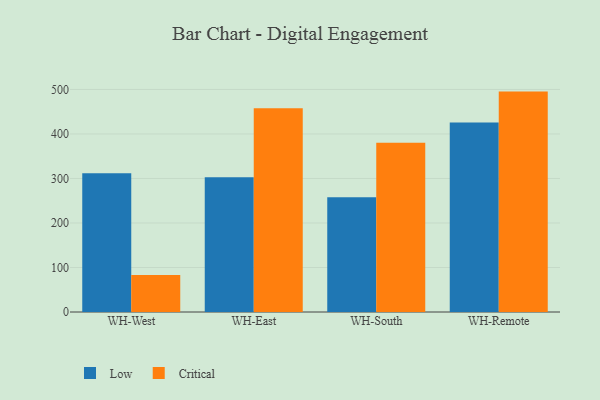
{"axis": {"x": "Warehouse", "y": "Tickets Resolved"}, "legend": ["Critical", "Low"], "data": [{"x": "WH-West", "y": 311.6, "type": "Low"}, {"x": "WH-West", "y": 83.1, "type": "Critical"}, {"x": "WH-East", "y": 303.0, "type": "Low"}, {"x": "WH-East", "y": 458.0, "type": "Critical"}, {"x": "WH-South", "y": 258.1, "type": "Low"}, {"x": "WH-South", "y": 380.2, "type": "Critical"}, {"x": "WH-Remote", "y": 425.5, "type": "Low"}, {"x": "WH-Remote", "y": 495.2, "type": "Critical"}]}